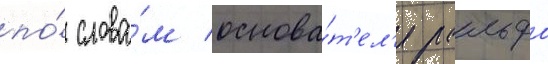
по́ слова́м основа́т'ел'я ральфа